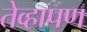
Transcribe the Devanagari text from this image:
तेव्हापण